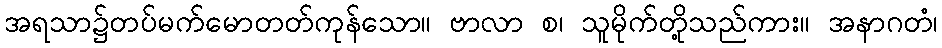
အရသာ၌တပ်မက်မောတတ်ကုန်သော။ ဗာလာ စ၊ သူမိုက်တို့သည်ကား။ အနာဂတံ၊